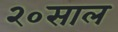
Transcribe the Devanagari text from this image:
२०साल